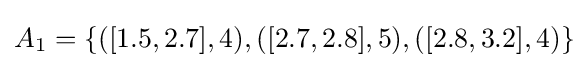
A_{1}=\{([1.5,2.7],4),([2.7,2.8],5),([2.8,3.2],4)\}